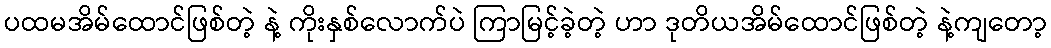
ပထမအိမ်ထောင်ဖြစ်တဲ့ နဲ့ ကိုးနှစ်လောက်ပဲ ကြာမြင့်ခဲ့တဲ့ ဟာ ဒုတိယအိမ်ထောင်ဖြစ်တဲ့ နဲ့ကျတော့